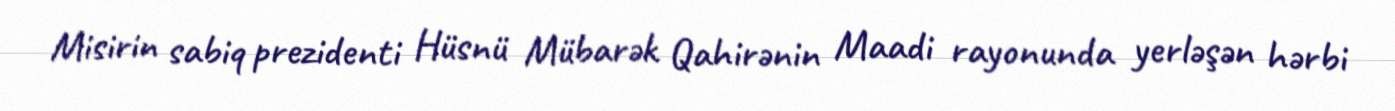
Misirin sabiq prezidenti Hüsnü Mübarək Qahirənin Maadi rayonunda yerləşən hərbi